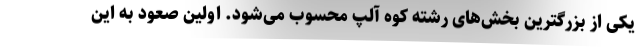
یکی از بزرگترین بخش‌های رشته کوه آلپ محسوب می‌شود. اولین صعود به این